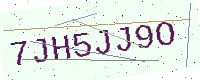
Text: 7JH5JJ9O